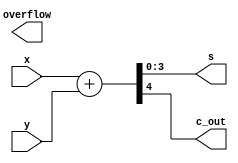
`timescale 1ns / 1ps
//////////////////////////////////////////////////////////////////////////////////
// Company: 
// Engineer: 
// 
// Design Name: 
// Module Name: arithmetic_operators
// Project Name: 
// Target Devices: 
// Tool Versions: 
// Description: 
// 
// Dependencies: 
// 
// Revision:
// Revision 0.01 - File Created
// Additional Comments:
// 
//////////////////////////////////////////////////////////////////////////////////


module arithmetic_operators
#(parameter n = 4)
   (
     input [n-1:0] x, y,
     output[n-1:0] s,
     output c_out, overflow
     
    );
    
    wire [n:0] sum;
    
    //assign s = x + y;
    //assign sum = {1'b0, x} + {1'b0, y}; 
    // concatination is not required because in verilog it expands all the opeartors to the Max value
    assign sum = x + y; 
    assign s = sum[n-1:0];
    assign c_out = sum[n];
    
endmodule